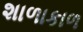
શાળાકાળ